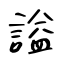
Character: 謚